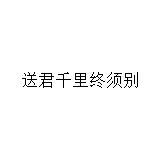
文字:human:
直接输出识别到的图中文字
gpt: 送君千里终须别